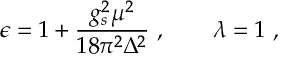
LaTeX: \epsilon = 1 + \frac { g _ { s } ^ { 2 } \mu ^ { 2 } } { 1 8 \pi ^ { 2 } \Delta ^ { 2 } } \ , \qquad \lambda = 1 \ ,